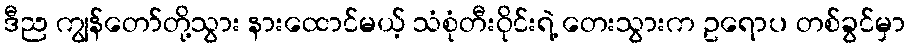
ဒီည ကျွန်တော်တို့သွား နားထောင်မယ့် သံစုံတီးဝိုင်းရဲ့ တေးသွားက ဥရောပ တစ်ခွင်မှာ